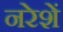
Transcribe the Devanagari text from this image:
नरेशें